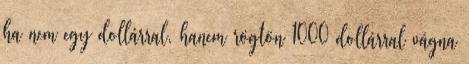
ha nem egy dollárral, hanem rögtön 1000 dollárral vágna